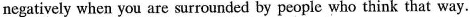
negatively when you are surrounded by people who think that way.